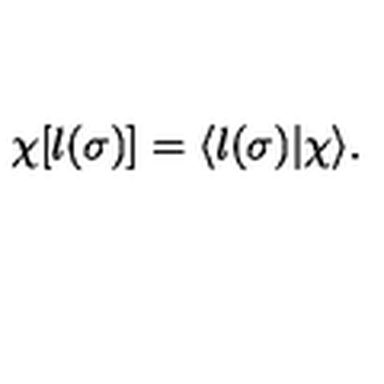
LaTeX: \chi [ l ( \sigma ) ] = \langle l ( \sigma ) | \chi \rangle .